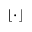
\lfloor \cdot \rfloor